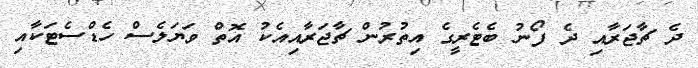
ދެ ޗާޖަރާއި ދެ ފޯނު ބެޓެރީގެ އިތުރުން ޗާޖަރާއިއެކު އޮތް ވަޔަލެސް ހެޑްސެޓަކާއި